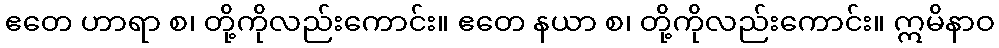
ဧတေ ဟာရာ စ၊ တို့ကိုလည်းကောင်း။ ဧတေ နယာ စ၊ တို့ကိုလည်းကောင်း။ ဣမိနာဝ